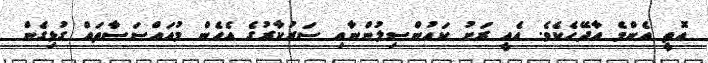
އޮތީ އެންމެ އާދޭހެކެވެ. އެއީ ރަށު ކައުންސިލުންނާއި ސަރުކާރުގެ އެހެން މުއައްސަސާތައް ގުޅިގެން